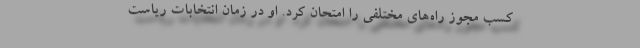
کسب مجوز راه‌های مختلفی را امتحان کرد. او در زمان انتخابات ریاست‌